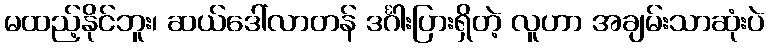
မထည့်နိုင်ဘူး၊ ဆယ်ဒေါ်လာတန် ဒင်္ဂါးပြားရှိတဲ့ လူဟာ အချမ်းသာဆုံးပဲ